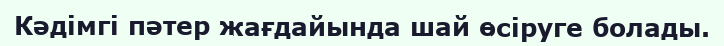
Кәдімгі пәтер жағдайында шай өсіруге болады.